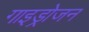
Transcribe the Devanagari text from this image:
गाइड्रोजन